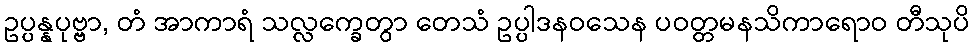
ဥပ္ပန္နပုဗ္ဗာ, တံ အာကာရံ သလ္လက္ခေတွာ တေသံ ဥပ္ပါဒနဝသေန ပဝတ္တမနသိကာရောဝ တီသုပိ